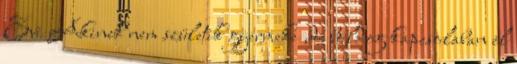
Evi Akinek nem születik gyermeke ,de boldog kapcsolaban ėl